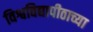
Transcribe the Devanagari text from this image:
विश्वविद्यापीठाच्या